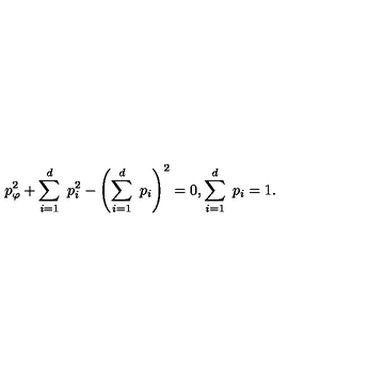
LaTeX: p _ { \varphi } ^ { 2 } + \sum _ { i = 1 } ^ { d } \ p _ { i } ^ { 2 } - \left( \sum _ { i = 1 } ^ { d } \ p _ { i } \right) ^ { 2 } = 0 , \sum _ { i = 1 } ^ { d } \ p _ { i } = 1 .